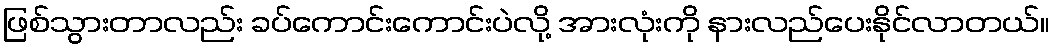
ဖြစ်သွားတာလည်း ခပ်ကောင်းကောင်းပဲလို့ အားလုံးကို နားလည်ပေးနိုင်လာတယ်။